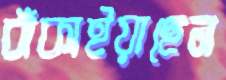
বাঁকাইয়াছেন